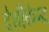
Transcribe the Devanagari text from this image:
देशीकेन्द्र